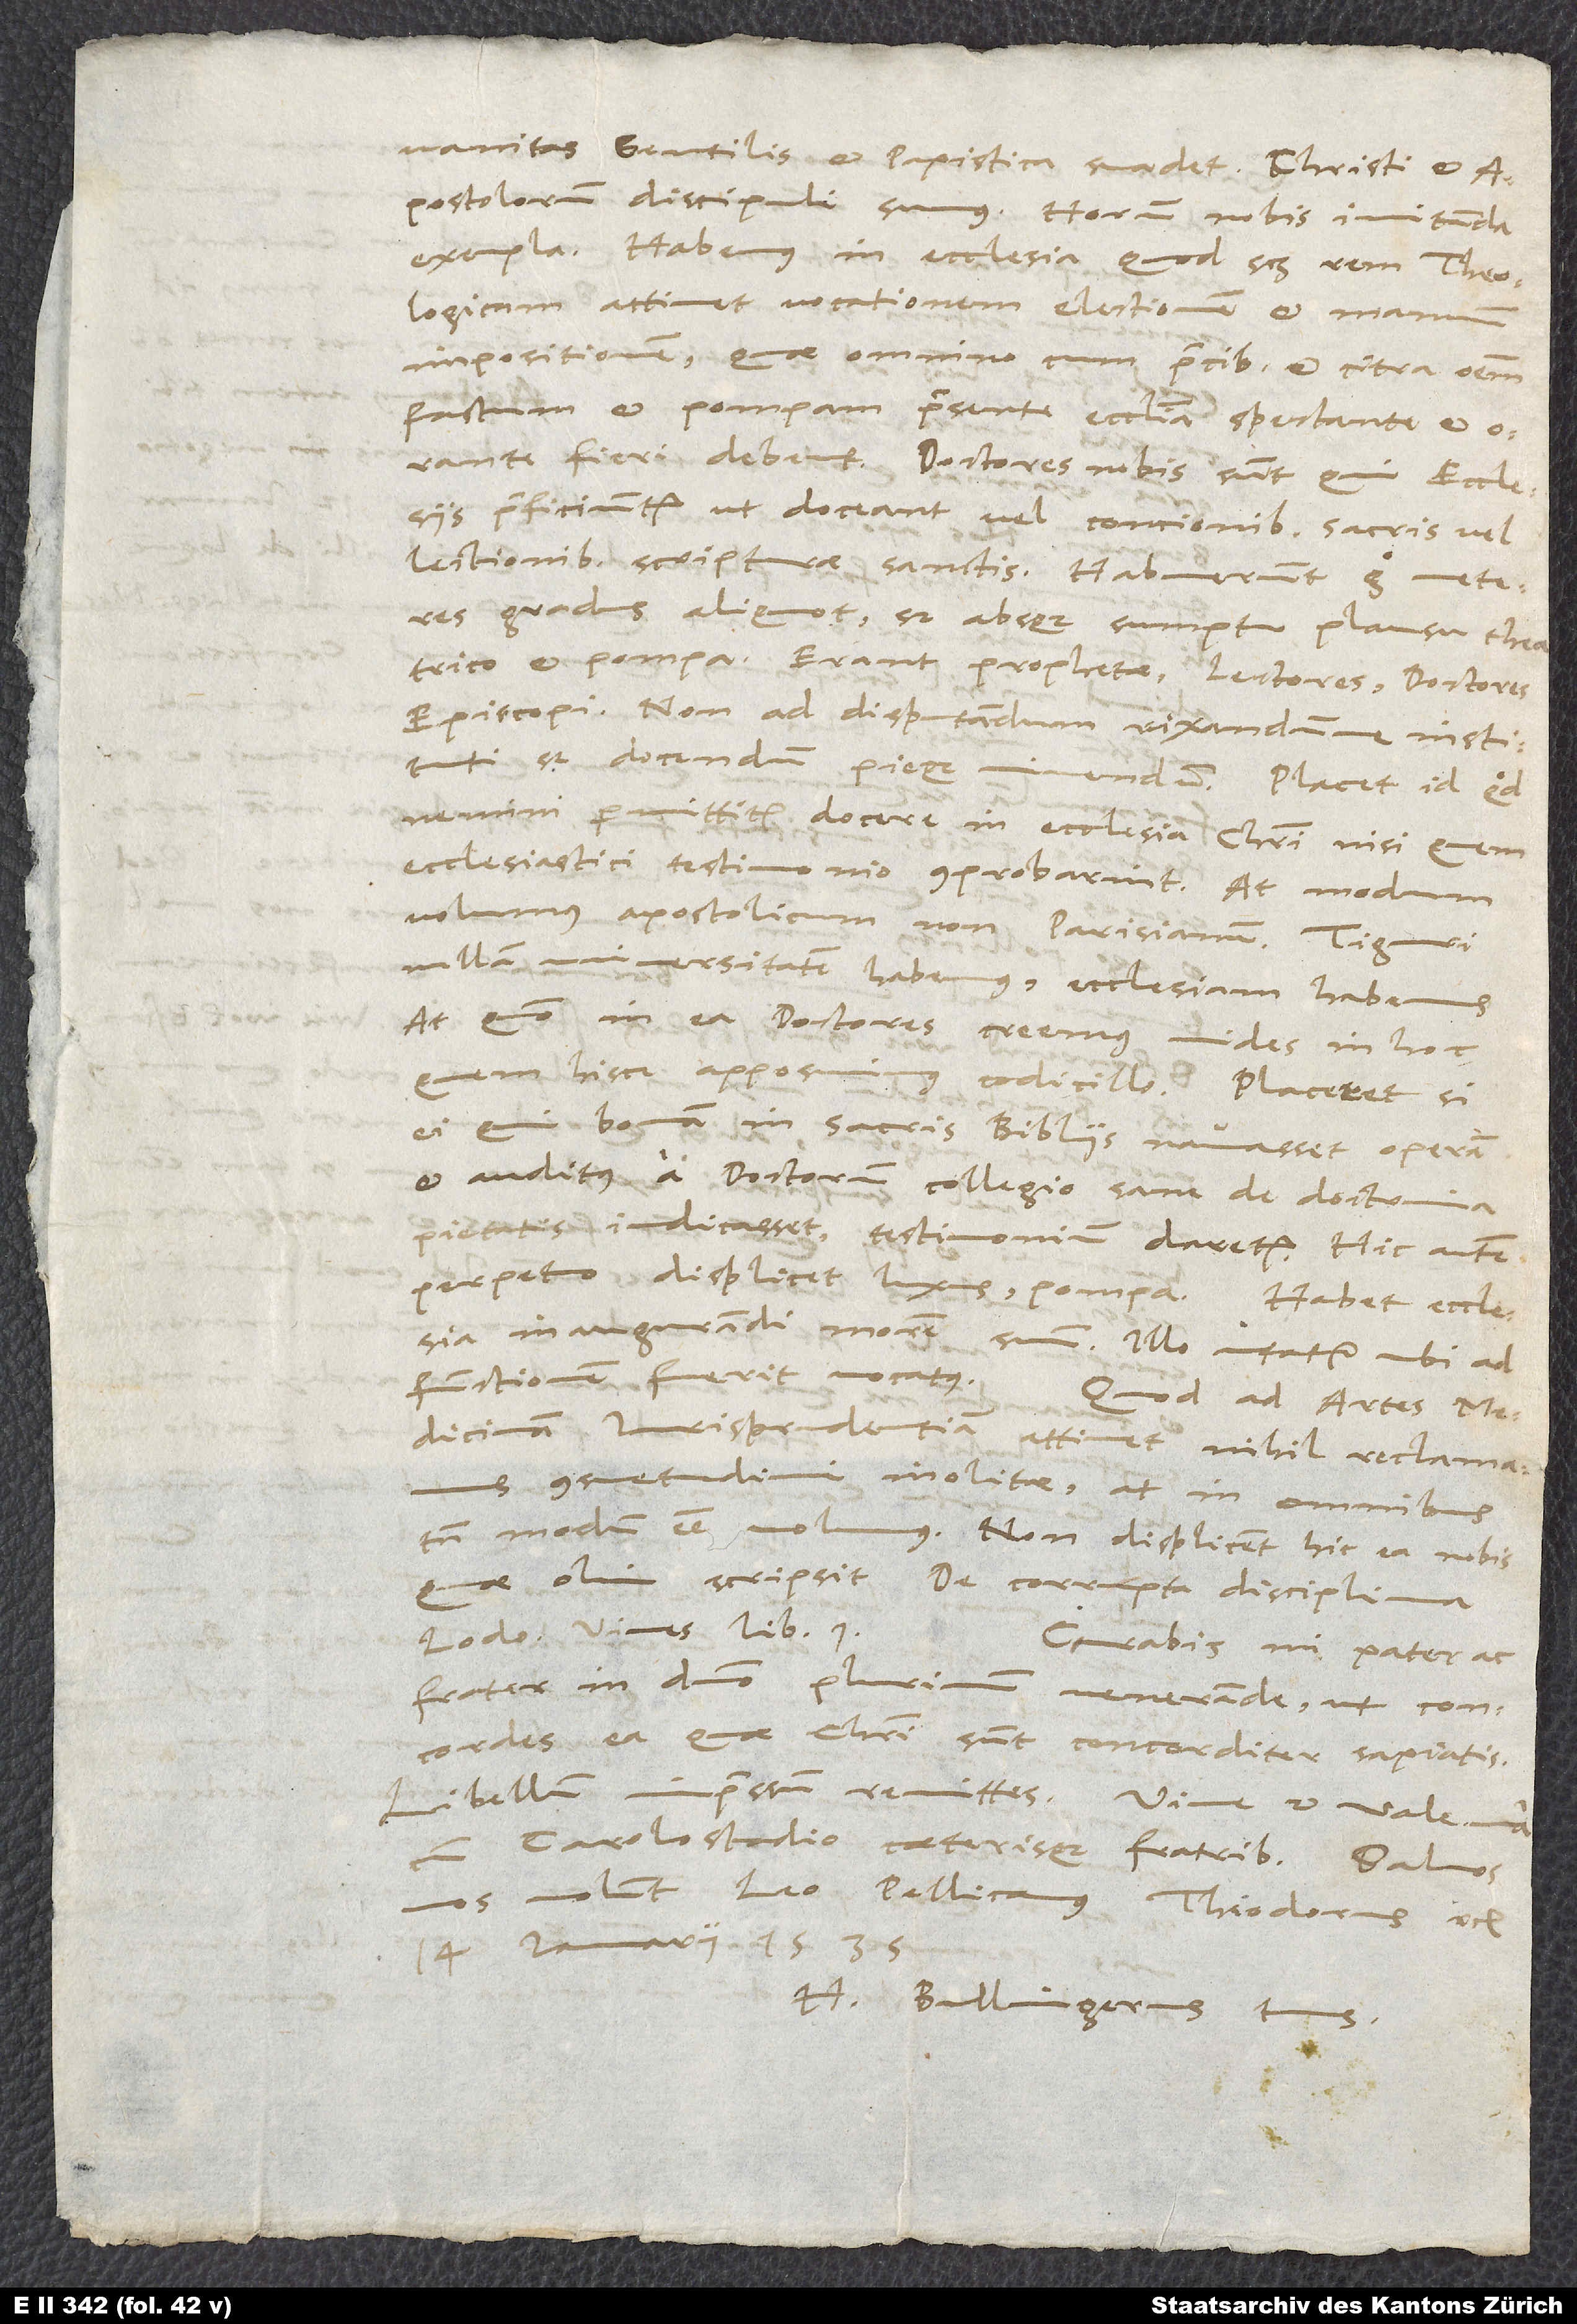
vanitas gentilis et papistica suadet. Christi et
apostolorum discipuli sumus. Horum nobis imitanda
exempla. Habemus in ecclesia, quod scilicet rem theologicam
attinet, vocationem, electionem et manuum
impositionem, quae omnino cum precibus et citra omnem
fastum et pompam praesente ecclesia spectante et orante
fieri debent. Doctores nobis sunt, qui ecclesiis
praeficiuntur, ut doceant vel concionibus sacris vel
lectionibus scripturae sanctis. Habuerunt ergo veteres
gradus aliquot, sed absque sumptu, plausu theatrico
et pompa. Erant prophetae, lectores, doctores,
episcopi non ad disputandum rixandumve instituti,
sed docendum pieque vivendum. Placet id, quod
nemini permittitur docere in ecclesia Christi, nisi quem
ecclesiastici testimonio comprobarint. At modum
volumus apostolicum, non Parisianum. Tiguri
nullam universitatem habemus, ecclesiam habemus.
At quomodo in ea doctores creemus, vides in hoc
quem hisce apposuimus codicillo. Placeret, si
ei, qui bonam in sacris bibliis navasset operam
et auditus a doctorum collegio sane de doctrina
pietatis iudicasset, testimonium daretur. Hic autem
perpetuo displicet luxus, pompa. Habet ecclesia
inaugurandi morem suum. Illo utatur, ubi ad
functionem fuerit vocatus. Quod ad artes,
medicinam, iurisprudentiam attinet, nihil reclamamus
consuetudini inolitae, at in omnibus
tamen modum esse volumus. Non displicent hic ea nobis,
quae olim scripsit De corrupta disciplina
Curabis, mi pater ac
frater in domino plurimum venerande, ut concordes
ea, quae Christi sunt, concorditer sapiatis.
Carolostadio caeterisque fratribus. Salvos
vos volunt Leo, Pellicanus, Theodorus etc.
14. ianuarii 1535.
H. Bullingerus tuus.